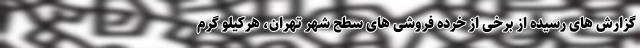
گزارش های رسیده از برخی از خرده فروشی های سطح شهر تهران، هرکیلو گرم